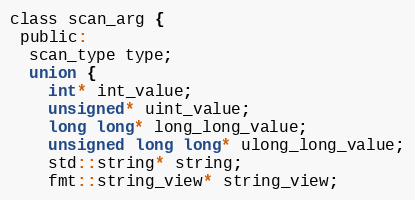
Language: C
class scan_arg {
 public:
  scan_type type;
  union {
    int* int_value;
    unsigned* uint_value;
    long long* long_long_value;
    unsigned long long* ulong_long_value;
    std::string* string;
    fmt::string_view* string_view;